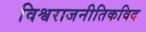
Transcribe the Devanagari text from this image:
विश्वराजनीतिकविद